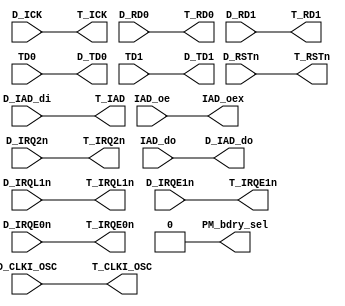
module MUX_IO( 

D_CLKI_OSC, 
D_RSTn, 
D_ICK, 
D_IRQ2n, 
D_IRQL1n, 
D_IRQE1n, 
D_IRQE0n, 
D_RD0, 
D_RD1, 
D_IAD_di, 
`ifdef FD_DFT 
D_DFT_en, 
`endif 

`ifdef FD_DFT 
WP_SO, 
TC_SO, 
VC_SO, 
`endif 
TD0, 
TD1, 
IAD_oe, 
IAD_do, 


D_TD0, 
D_TD1, 
D_IAD_do, 
IAD_oex, 

T_CLKI_OSC, 
T_RSTn, 
T_ICK, 
T_IRQ2n, 
T_IRQL1n, 
T_IRQE1n, 
T_IRQE0n, 
T_RD0, 
T_RD1, 
PM_bdry_sel, 
T_IAD 
`ifdef FD_DFT 
, 
TEST_CLK, 
TEST_RST, 
TCLK, 
VC_SHIFT, 
TC_UPDATE, 
TC_SHIFT, 
TC_SI, 
WP_SI, 
WP_CLK, 
TC_RESET, 
VC_SI 
`endif 
); 


input D_CLKI_OSC, 
D_RSTn, 
D_ICK, 
D_IRQ2n, 
D_IRQL1n, 
D_IRQE1n, 
D_IRQE0n, 
D_RD0, 
D_RD1; 
input [15:0] D_IAD_di; 

`ifdef FD_DFT 
input D_DFT_en; 
`endif 


`ifdef FD_DFT 
input WP_SO, 
TC_SO; 
input [7:0] VC_SO; 
`endif 

input TD0, 
TD1, 
IAD_oe; 

input [15:0] IAD_do; 



output D_TD0, 
D_TD1, 
IAD_oex; 

output [15:0] D_IAD_do; 


output T_CLKI_OSC, 
T_RSTn, 
T_ICK, 
T_IRQ2n, 
T_IRQL1n, 
T_IRQE1n, 
T_IRQE0n, 
T_RD0, 
T_RD1, 
PM_bdry_sel; 

output [15:0] T_IAD; 

`ifdef FD_DFT 
output TEST_CLK, 
TEST_RST, 
TCLK, 
VC_SHIFT, 
TC_UPDATE, 
TC_SHIFT, 
TC_SI, 
WP_SI, 
WP_CLK, 
TC_RESET; 
output [7:0] VC_SI; 
`endif 




`ifdef FD_DFT 
assign T_CLKI_OSC = !D_DFT_en && D_CLKI_OSC; 
assign TEST_CLK = D_DFT_en && D_CLKI_OSC; 

assign T_RSTn = !D_DFT_en && D_RSTn; 
assign TEST_RST = D_DFT_en && D_RSTn; 

assign T_ICK = !D_DFT_en && D_ICK; 
assign TCLK = D_DFT_en && D_ICK; 

assign T_IRQ2n = !D_DFT_en && D_IRQ2n; 
assign VC_SHIFT = D_DFT_en && D_IRQ2n; 

assign T_IRQL1n = !D_DFT_en && D_IRQL1n; 
assign TC_UPDATE = D_DFT_en && D_IRQL1n; 

assign T_IRQE1n = !D_DFT_en && D_IRQE1n; 
assign TC_SHIFT = D_DFT_en && D_IRQE1n; 

assign T_IRQE0n = !D_DFT_en && D_IRQE0n; 
assign TC_SI = D_DFT_en && D_IRQE0n; 

assign T_RD0 = !D_DFT_en && D_RD0; 
assign WP_SI = D_DFT_en && D_RD0; 

assign T_RD1 = !D_DFT_en && D_RD1; 
assign WP_CLK = D_DFT_en && D_RD1; 

assign TC_RESET = !D_RSTn; 

`else 
assign T_RSTn = D_RSTn; 
assign T_CLKI_OSC = D_CLKI_OSC; 
assign T_IRQ2n = D_IRQ2n; 
assign T_IRQL1n = D_IRQL1n; 
assign T_IRQE1n = D_IRQE1n; 
assign T_IRQE0n = D_IRQE0n; 
assign T_RD0 = D_RD0; 
assign T_RD1 = D_RD1; 
assign T_ICK = D_ICK; 
`endif 



`ifdef FD_DFT 
assign D_TD0 = D_DFT_en ? WP_SO : TD0; 
assign D_TD1 = D_DFT_en ? TC_SO : TD1; 
`else 
assign D_TD0 = TD0; 
assign D_TD1 = TD1; 
`endif 




`ifdef FD_DFT 


assign D_IAD_do[15:8] = D_DFT_en ? VC_SO[7:0] : IAD_do[15:8]; 
assign D_IAD_do[7:0] = IAD_do[7:0]; 
assign IAD_oex = IAD_oe || D_DFT_en; 


assign T_IAD[15:8] = D_IAD_di[15:8]; 

assign T_IAD[7] = !D_DFT_en && D_IAD_di[7]; 
assign VC_SI[7] = D_DFT_en && D_IAD_di[7]; 

assign T_IAD[6] = !D_DFT_en && D_IAD_di[6]; 
assign VC_SI[6] = D_DFT_en && D_IAD_di[6]; 

assign T_IAD[5] = !D_DFT_en && D_IAD_di[5]; 
assign VC_SI[5] = D_DFT_en && D_IAD_di[5]; 

assign T_IAD[4] = !D_DFT_en && D_IAD_di[4]; 
assign VC_SI[4] = D_DFT_en && D_IAD_di[4]; 

assign T_IAD[3] = !D_DFT_en && D_IAD_di[3]; 
assign VC_SI[3] = D_DFT_en && D_IAD_di[3]; 

assign T_IAD[2] = !D_DFT_en && D_IAD_di[2]; 
assign VC_SI[2] = D_DFT_en && D_IAD_di[2]; 

assign T_IAD[1] = !D_DFT_en && D_IAD_di[1]; 
assign VC_SI[1] = D_DFT_en && D_IAD_di[1]; 

assign T_IAD[0] = !D_DFT_en && D_IAD_di[0]; 
assign VC_SI[0] = D_DFT_en && D_IAD_di[0]; 

`else 
assign D_IAD_do[15:0] = IAD_do[15:0]; 
assign IAD_oex = IAD_oe; 
assign T_IAD[15:0] = D_IAD_di[15:0]; 
`endif 


`ifdef FD_PM8K 
assign PM_bdry_sel = 1'b1; 
`else 
assign PM_bdry_sel = 1'b0; 
`endif 

endmodule